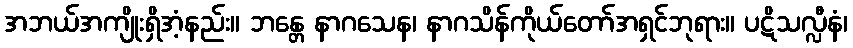
အဘယ်အကျိုးရှိအံ့နည်း။ ဘန္တေ နာဂသေန၊ နာဂသိန်ကိုယ်တော်အရှင်ဘုရား။ ပဋိသလ္လီနံ၊